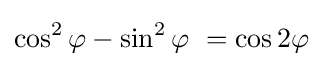
\cos ^{2}\varphi -\sin ^{2}\varphi \ =\cos 2\varphi